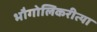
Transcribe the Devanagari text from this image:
भौगोलिकरीत्या